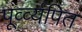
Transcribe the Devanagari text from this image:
पूर्व्व्यपित